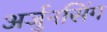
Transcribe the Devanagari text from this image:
अर्जुनसिंग